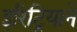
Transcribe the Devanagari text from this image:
इरिट्रियाने